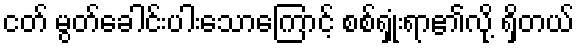
ငတ် မွတ်ခေါင်းပါးသောကြောင့် စစ်ရှုံးရာ၏လို့ ရှိတယ်